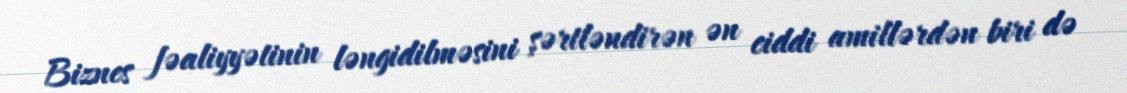
Biznes fəaliyyətinin ləngidilməsini şərtləndirən ən ciddi amillərdən biri də